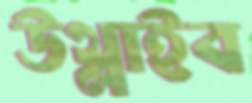
উথ্‌লাইব